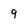
Character: 9